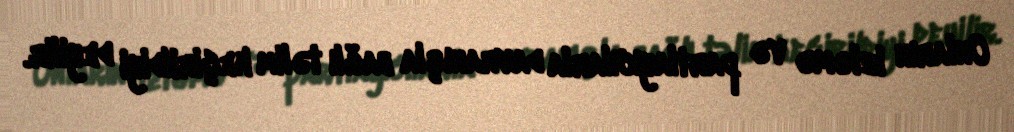
Onların izləmə və partlayıcılarla davranışla bağlı təlim keçirildiyi deyilir.